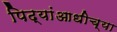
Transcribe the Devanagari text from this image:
पिढ्यांआधीच्या